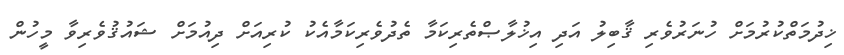
ޚިދުމަތްކުރުމަށް ހުނަރުވެރި ޤާބިލު އަދި އިޚުލާޞްތެރިކަމާ ތެދުވެރިކަމާއެކު ކުރިއަށް ދިއުމަށް ޝައުޤުވެރިވާ މީހުން